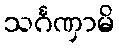
သင်္ဂဏှာမိ